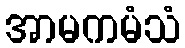
အာမကမံသံ